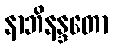
နာဘိနန္ဒတော